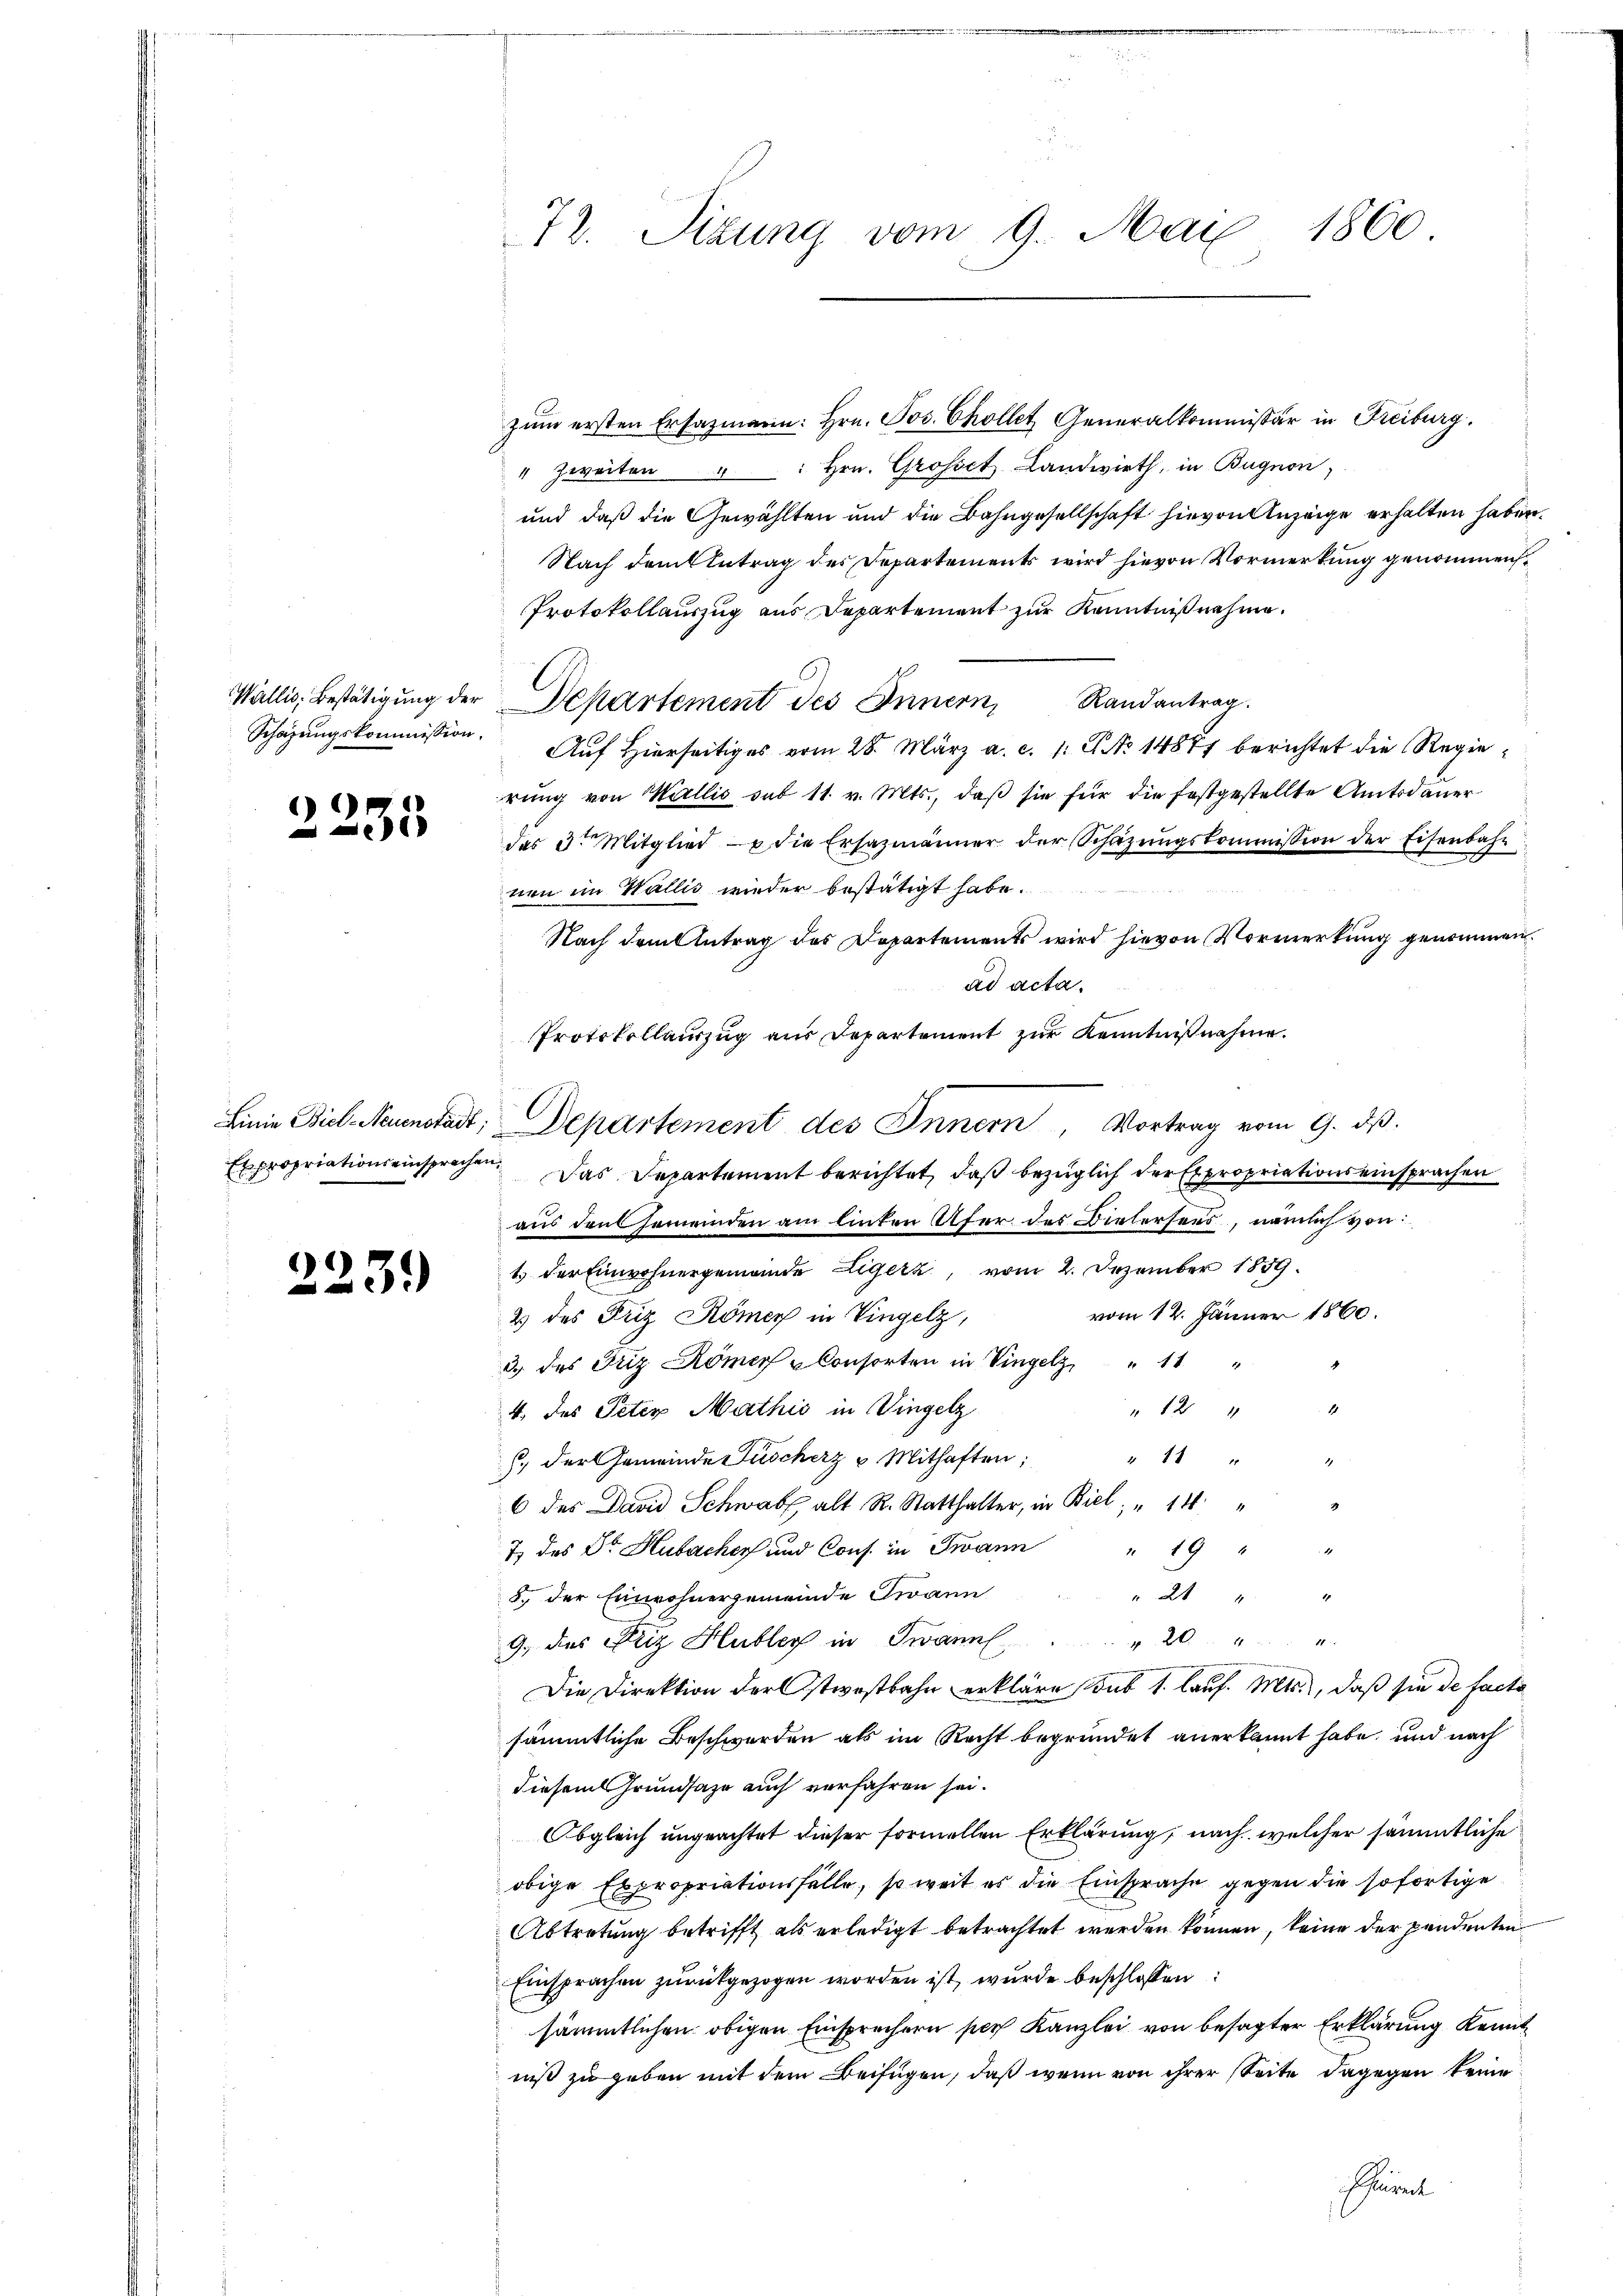
Wallis, Bestätigung der

)
1

223.

1860.
72. Sizung vom 9. Mai

zŭm ersten Ersazmann: hrn. Jos. Chollet Generalkommissär in Freiburg.
" zweiten " " Hrn. Grosset Landwirth, in Bugnon,
und daß die Gewählten und die Bahngesellschaft hievon Anzeige erhalten haben.
Nach dem Antrag des Departements wird hievon Vormerkung genommen
Protokollauszug aus Departement zur Kenntnißnahme.
Departement des Innern, Randantrag.
Schazungskommission. Auf hierseitiges vom 28. März a. c. 1. No 14887 berichtet die Regierung von Wallis sub 11. v. Mts., daß sie für die festgestellte Amtsdauer
des 3ten Mitglied die Ersazmänner der Schäzŭngskommission der Eisenbahn
nen im Wallis wieder bestätigt habe.
Nach dem Antrag des Departements wird hievon Vormerkung genommen.
ad acta.
Protokollauszug aus Departement zur Kenntnißnahme.
Linie Biel Neuenstadt, Departement des Innern, Vortrag vom 9. ds.
Expropriationseinsprechen. Das Departement berichtet, daß bezüglich der Expropriationseinsprachen
aus den Gemeinden am linten Ufer des Bielersees, nämlich von
1 der Einwohnergemande Zigerz, vom 2. Dezember 1889.
vom 12. Jänner 1860.
2 des Friz Römer in Vingelz,
3 des Friz Römers Consorten in Vingelz 11

4. des Peter Mathić in Dingelz
J. der Gemeinde Nüscherz u. Mithaften;
 42
6 des David Schwabe alt R. Statthalter, in Biel " 14 "
7) des Dr. Hubacher und Cons. in Twann " 19 "
8. der Einwohnergemeinde Twann
 21 " "
 204.
9, des Friz Hubler in Twann
Die Direktion der Ostwestbahn erkläre sub 1. Lauf. Mts., daß sie de facta
sämmtliche Beschwerden als im Recht begründet anerkannt habe, und nach
diesem Grundsaze auch verfahren sei.
Obgleich ungeachtet dieser formellen Erklärung, nach, welcher sämmtliche
obige Expropriationsfälle, so weit es die Einsprache gegen die sofortige
Abtretung betrifft als erledigt betrachtet werden können, keine der pendenten
Einsprachen zurückgezogen worden ist, wurde beschlossen:
sämmtlichen obigen Einsprechern per Kanzlei von besagter Erklärung Kennt
niß zu geben mit dem Beifügen, daß wenn von ihrer Seite dagegen keine
Scheint

C